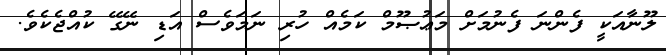
ލޫނާއަކީ ފެންނަ ފެނުމަށް މަޢުޞޫމް ކަމެއް ހުރި ނަމަވެސް އަޑި ނޭގޭ ކުއްޖެކެވެ.